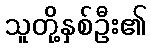
သူတို့နှစ်ဦး၏